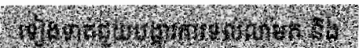
ទៀងទាត់ជួយបង្ការការទល់លាមក និង